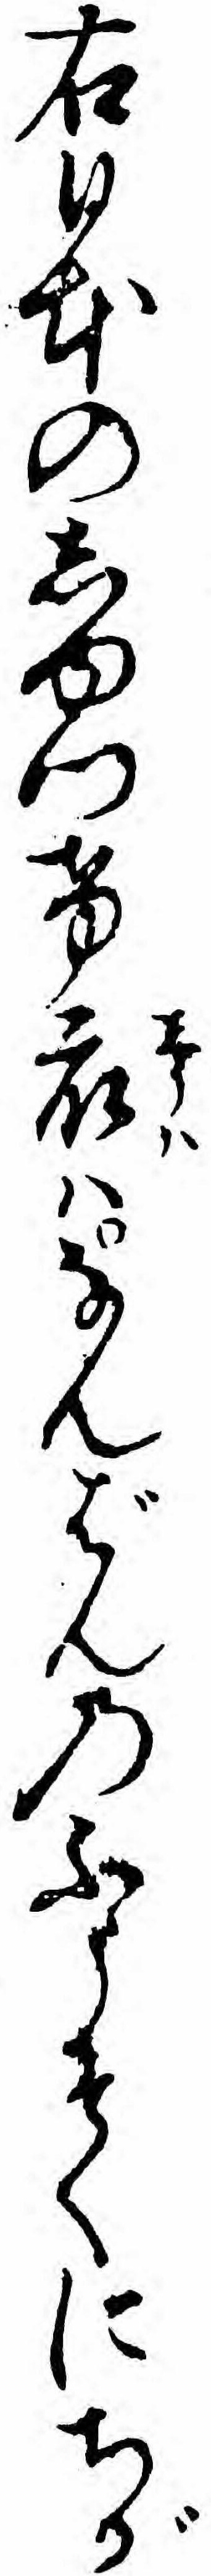
右日本のしゆつけ衆ハなんばんのふうそくにちが